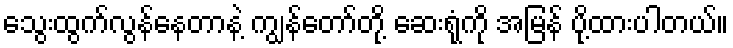
သွေးထွက်လွန်နေတာနဲ့ ကျွန်တော်တို့ ဆေးရုံကို အမြန် ပို့ထားပါတယ်။